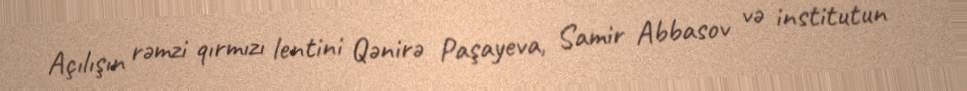
Açılışın rəmzi qırmızı lentini Qənirə Paşayeva, Samir Abbasov və institutun